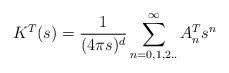
LaTeX: \begin{align*}K^T(s)={1 \over (4\pi s)^d}\sum_{n=0,1,2..}^{\infty}A^T_n s^n\end{align*}